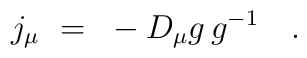
j_\mu~=~\mbox{} - D_\mu g \, g^{-1}~~~.